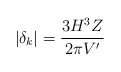
\begin{align*}|\delta_k| = \frac{3H^3 Z}{2 \pi V'}\end{align*}